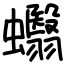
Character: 蠮